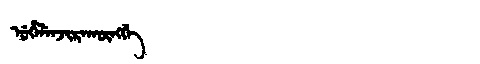
Manchu: ᡠᡥᡝᠯᡝᠨᠵᡳᡵᠠᡴᡡᠩᡤᡝ
Romanization: UHELENJIRAKŪNGGE